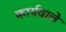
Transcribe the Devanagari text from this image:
कार्यवाले